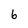
Character: 6